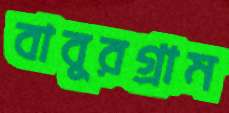
বাবুরগ্রাম